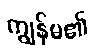
ကျွန်မ၏